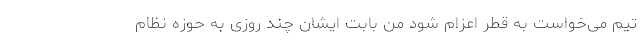
تیم می‌خواست به قطر اعزام شود من بابت ایشان چند روزی به حوزه نظام